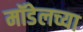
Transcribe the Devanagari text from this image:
मॉडेलच्या